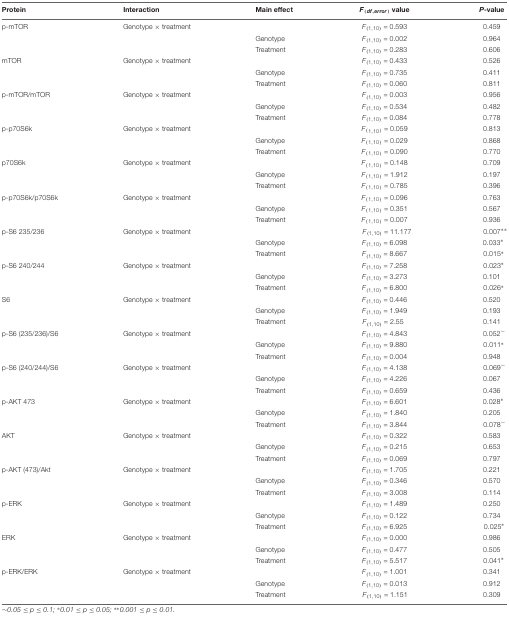
<table><thead><tr><td><b>Protein</b></td><td><b>Interaction</b></td><td><b>Main effect</b></td><td><b><i>F</i><sub>(df,error)</sub> value</b></td><td><b><i>P</i>-value</b></td></tr></thead><tbody><tr><td>p-mTOR</td><td>Genotype × treatment</td><td>[EMPTY_CELL]</td><td><i>F</i><sub>(1,10)</sub>= 0.593</td><td>0.459</td></tr><tr><td>[EMPTY_CELL]</td><td>[EMPTY_CELL]</td><td>Genotype</td><td><i>F</i><sub>(1,10)</sub>= 0.002</td><td>0.964</td></tr><tr><td>[EMPTY_CELL]</td><td>[EMPTY_CELL]</td><td>Treatment</td><td><i>F</i><sub>(1,10)</sub>= 0.283</td><td>0.606</td></tr><tr><td>mTOR</td><td>Genotype × treatment</td><td>[EMPTY_CELL]</td><td><i>F</i><sub>(1,10)</sub>= 0.433</td><td>0.526</td></tr><tr><td>[EMPTY_CELL]</td><td>[EMPTY_CELL]</td><td>Genotype</td><td><i>F</i><sub>(1,10)</sub>= 0.735</td><td>0.411</td></tr><tr><td>[EMPTY_CELL]</td><td>[EMPTY_CELL]</td><td>Treatment</td><td><i>F</i><sub>(1,10)</sub>= 0.060</td><td>0.811</td></tr><tr><td>p-mTOR/mTOR</td><td>Genotype × treatment</td><td>[EMPTY_CELL]</td><td><i>F</i><sub>(1,10)</sub>= 0.003</td><td>0.956</td></tr><tr><td>[EMPTY_CELL]</td><td>[EMPTY_CELL]</td><td>Genotype</td><td><i>F</i><sub>(1,10)</sub>= 0.534</td><td>0.482</td></tr><tr><td>[EMPTY_CELL]</td><td>[EMPTY_CELL]</td><td>Treatment</td><td><i>F</i><sub>(1,10)</sub>= 0.084</td><td>0.778</td></tr><tr><td>p-p70S6k</td><td>Genotype × treatment</td><td>[EMPTY_CELL]</td><td><i>F</i><sub>(1,10)</sub> = 0.059</td><td>0.813</td></tr><tr><td>[EMPTY_CELL]</td><td>[EMPTY_CELL]</td><td>Genotype</td><td><i>F</i><sub>(1,10)</sub> = 0.029</td><td>0.868</td></tr><tr><td>[EMPTY_CELL]</td><td>[EMPTY_CELL]</td><td>Treatment</td><td><i>F</i><sub>(1,10)</sub> = 0.090</td><td>0.770</td></tr><tr><td>p70S6k</td><td>Genotype × treatment</td><td>[EMPTY_CELL]</td><td><i>F</i><sub>(1,10)</sub> = 0.148</td><td>0.709</td></tr><tr><td>[EMPTY_CELL]</td><td>[EMPTY_CELL]</td><td>Genotype</td><td><i>F</i><sub>(1,10)</sub> = 1.912</td><td>0.197</td></tr><tr><td>[EMPTY_CELL]</td><td>[EMPTY_CELL]</td><td>Treatment</td><td><i>F</i><sub>(1,10)</sub> = 0.785</td><td>0.396</td></tr><tr><td>p-p70S6k/p70S6k</td><td>Genotype × treatment</td><td>[EMPTY_CELL]</td><td><i>F</i><sub>(1,10)</sub> = 0.096</td><td>0.763</td></tr><tr><td>[EMPTY_CELL]</td><td>[EMPTY_CELL]</td><td>Genotype</td><td><i>F</i><sub>(1,10)</sub> = 0.351</td><td>0.567</td></tr><tr><td>[EMPTY_CELL]</td><td>[EMPTY_CELL]</td><td>Treatment</td><td><i>F</i><sub>(1,10)</sub> = 0.007</td><td>0.936</td></tr><tr><td>p-S6 235/236</td><td>Genotype × treatment</td><td>[EMPTY_CELL]</td><td><i>F</i><sub>(1,10)</sub>= 11.177</td><td>0.007<sup>∗∗</sup></td></tr><tr><td>[EMPTY_CELL]</td><td>[EMPTY_CELL]</td><td>Genotype</td><td><i>F</i><sub>(1,10)</sub>= 6.098</td><td>0.033<sup>∗</sup></td></tr><tr><td>[EMPTY_CELL]</td><td>[EMPTY_CELL]</td><td>Treatment</td><td><i>F</i><sub>(1,10)</sub>= 8.667</td><td>0.015<sup>∗</sup></td></tr><tr><td>p-S6 240/244</td><td>Genotype × treatment</td><td>[EMPTY_CELL]</td><td><i>F</i><sub>(1,10)</sub>= 7.258</td><td>0.023<sup>∗</sup></td></tr><tr><td>[EMPTY_CELL]</td><td>[EMPTY_CELL]</td><td>Genotype</td><td><i>F</i><sub>(1,10)</sub>= 3.273</td><td>0.101</td></tr><tr><td>[EMPTY_CELL]</td><td>[EMPTY_CELL]</td><td>Treatment</td><td><i>F</i><sub>(1,10)</sub>= 6.800</td><td>0.026<sup>∗</sup></td></tr><tr><td>S6</td><td>Genotype × treatment</td><td>[EMPTY_CELL]</td><td><i>F</i><sub>(1,10)</sub>= 0.446</td><td>0.520</td></tr><tr><td>[EMPTY_CELL]</td><td>[EMPTY_CELL]</td><td>Genotype</td><td><i>F</i><sub>(1,10)</sub>= 1.949</td><td>0.193</td></tr><tr><td>[EMPTY_CELL]</td><td>[EMPTY_CELL]</td><td>Treatment</td><td><i>F</i><sub>(1,10)</sub>= 2.55</td><td>0.141</td></tr><tr><td>p-S6 (235/236)/S6</td><td>Genotype × treatment</td><td>[EMPTY_CELL]</td><td><i>F</i><sub>(1,10)</sub>= 4.843</td><td>0.052<sup>∼</sup></td></tr><tr><td>[EMPTY_CELL]</td><td>[EMPTY_CELL]</td><td>Genotype</td><td><i>F</i><sub>(1,10)</sub>= 9.880</td><td>0.011<sup>∗</sup></td></tr><tr><td>[EMPTY_CELL]</td><td>[EMPTY_CELL]</td><td>Treatment</td><td><i>F</i><sub>(1,10)</sub>= 0.004</td><td>0.948</td></tr><tr><td>p-S6 (240/244)/S6</td><td>Genotype × treatment</td><td>[EMPTY_CELL]</td><td><i>F</i><sub>(1,10)</sub>= 4.138</td><td>0.069<sup>∼</sup></td></tr><tr><td>[EMPTY_CELL]</td><td>[EMPTY_CELL]</td><td>Genotype</td><td><i>F</i><sub>(1,10)</sub>= 4.226</td><td>0.067</td></tr><tr><td>[EMPTY_CELL]</td><td>[EMPTY_CELL]</td><td>Treatment</td><td><i>F</i><sub>(1,10)</sub>= 0.659</td><td>0.436</td></tr><tr><td>p-AKT 473</td><td>Genotype × treatment</td><td>[EMPTY_CELL]</td><td><i>F</i><sub>(1,10)</sub>= 6.601</td><td>0.028<sup>∗</sup></td></tr><tr><td>[EMPTY_CELL]</td><td>[EMPTY_CELL]</td><td>Genotype</td><td><i>F</i><sub>(1,10)</sub>= 1.840</td><td>0.205</td></tr><tr><td>[EMPTY_CELL]</td><td>[EMPTY_CELL]</td><td>Treatment</td><td><i>F</i><sub>(1,10)</sub>= 3.844</td><td>0.078<sup>∼</sup></td></tr><tr><td>AKT</td><td>Genotype × treatment</td><td>[EMPTY_CELL]</td><td><i>F</i><sub>(1,10)</sub>= 0.322</td><td>0.583</td></tr><tr><td>[EMPTY_CELL]</td><td>[EMPTY_CELL]</td><td>Genotype</td><td><i>F</i><sub>(1,10)</sub>= 0.215</td><td>0.653</td></tr><tr><td>[EMPTY_CELL]</td><td>[EMPTY_CELL]</td><td>Treatment</td><td><i>F</i><sub>(1,10)</sub>= 0.069</td><td>0.797</td></tr><tr><td>p-AKT (473)/Akt</td><td>Genotype × treatment</td><td>[EMPTY_CELL]</td><td><i>F</i><sub>(1,10)</sub>= 1.705</td><td>0.221</td></tr><tr><td>[EMPTY_CELL]</td><td>[EMPTY_CELL]</td><td>Genotype</td><td><i>F</i><sub>(1,10)</sub>= 0.346</td><td>0.570</td></tr><tr><td>[EMPTY_CELL]</td><td>[EMPTY_CELL]</td><td>Treatment</td><td><i>F</i><sub>(1,10)</sub>= 3.008</td><td>0.114</td></tr><tr><td>p-ERK</td><td>Genotype × treatment</td><td>[EMPTY_CELL]</td><td><i>F</i><sub>(1,10)</sub>= 1.489</td><td>0.250</td></tr><tr><td>[EMPTY_CELL]</td><td>[EMPTY_CELL]</td><td>Genotype</td><td><i>F</i><sub>(1,10)</sub>= 0.122</td><td>0.734</td></tr><tr><td>[EMPTY_CELL]</td><td>[EMPTY_CELL]</td><td>Treatment</td><td><i>F</i><sub>(1,10)</sub>= 6.925</td><td>0.025<sup>∗</sup></td></tr><tr><td>ERK</td><td>Genotype × treatment</td><td>[EMPTY_CELL]</td><td><i>F</i><sub>(1,10)</sub>= 0.000</td><td>0.986</td></tr><tr><td>[EMPTY_CELL]</td><td>[EMPTY_CELL]</td><td>Genotype</td><td><i>F</i><sub>(1,10)</sub>= 0.477</td><td>0.505</td></tr><tr><td>[EMPTY_CELL]</td><td>[EMPTY_CELL]</td><td>Treatment</td><td><i>F</i><sub>(1,10)</sub>= 5.517</td><td>0.041<sup>∗</sup></td></tr><tr><td>p-ERK/ERK</td><td>Genotype × treatment</td><td>[EMPTY_CELL]</td><td><i>F</i><sub>(1,10)</sub>= 1.001</td><td>0.341</td></tr><tr><td>[EMPTY_CELL]</td><td>[EMPTY_CELL]</td><td>Genotype</td><td><i>F</i><sub>(1,10)</sub>= 0.013</td><td>0.912</td></tr><tr><td>[EMPTY_CELL]</td><td>[EMPTY_CELL]</td><td>Treatment</td><td><i>F</i><sub>(1,10)</sub>= 1.151</td><td>0.309</td></tr></tbody></table>